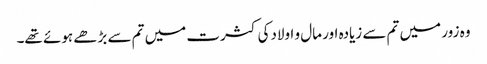
وہ زور میں تم سے زیادہ اور مال و اولادکی کثرت میں تم سے بڑھے ہوئے تھے۔